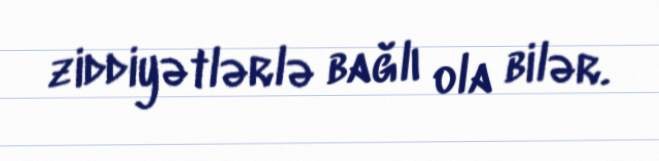
ziddiyətlərlə bağlı ola bilər.